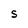
Character: S